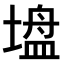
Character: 𫮠